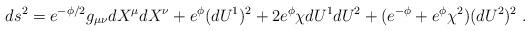
LaTeX: \begin{align*}d s^2 = e^{-\phi/2}g_{\mu \nu} d X^\mu d X^\nu + e^{\phi} (d U^1)^2 + 2 e^{\phi} \chi dU^1 d U^2 + (e^{- \phi} + e^{\phi} \chi^2) (d U^2)^2 \; .\end{align*}